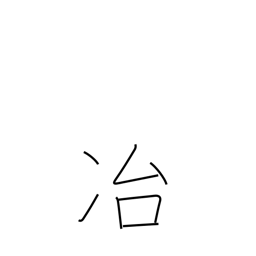
Meaning: melting